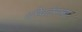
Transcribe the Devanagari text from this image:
परिवर्तनांना